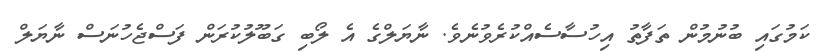
ކަމުގައި ބުނުމުން ތަފާތު އިހުސާސެއްކުރެވުނެވެ. ނާޔަލްގެ އެ ލޯބި ގަބޫލުކުރަން ފަސްޖެހުނަސް ނާޔަލް